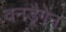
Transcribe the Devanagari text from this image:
वनड्रैगेन